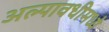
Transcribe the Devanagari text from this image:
अल्पावधीमध्ये